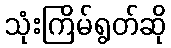
သုံးကြိမ်ရွတ်ဆို